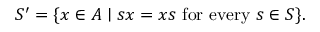
S ^ { \prime } = \{ x \in A \mid s x = x s \ { \mathrm { f o r } } \ { \mathrm { e v e r y } } \ s \in S \} .